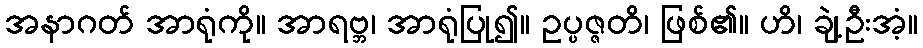
အနာဂတ် အာရုံကို။ အာရဗ္ဘ၊ အာရုံပြု၍။ ဥပ္ပဇ္ဇတိ၊ ဖြစ်၏။ ဟိ၊ ချဲ့ဦးအံ့။